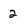
Character: 2